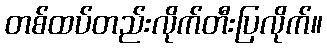
တစ်ထပ်တည်းလိုက်တီးပြလိုက်။